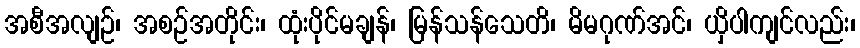
အစီအလျဉ်၊ အစဉ်အတိုင်း၊ ထုံးပိုင်မချန်၊ မြန်သန်သေတိ၊ မိမဂုဏ်အင်၊ ယှိပါကျင်လည်း၊